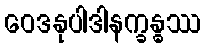
ဝေဒနုပါဒါနက္ခန္ဓဿ